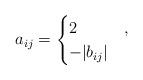
LaTeX: \begin{align*}a_{ij}=\begin{cases}2 &, \\-|b_{ij}| &\end{cases}\end{align*}